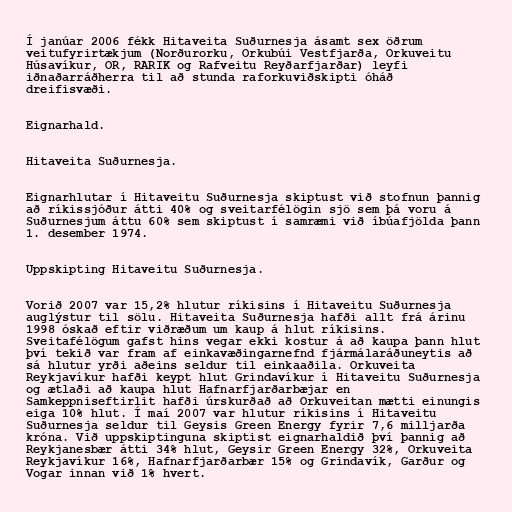
Í janúar 2006 fékk Hitaveita Suðurnesja ásamt sex öðrum
veitufyrirtækjum (Norðurorku, Orkubúi Vestfjarða, Orkuveitu
Húsavíkur, OR, RARIK og Rafveitu Reyðarfjarðar) leyfi
iðnaðarráðherra til að stunda raforkuviðskipti óháð
dreifisvæði.

Eignarhald.

Hitaveita Suðurnesja.

Eignarhlutar í Hitaveitu Suðurnesja skiptust við stofnun þannig
að ríkissjóður átti 40% og sveitarfélögin sjö sem þá voru á
Suðurnesjum áttu 60% sem skiptust í samræmi við íbúafjölda þann
1. desember 1974.

Uppskipting Hitaveitu Suðurnesja.

Vorið 2007 var 15,2% hlutur ríkisins í Hitaveitu Suðurnesja
auglýstur til sölu. Hitaveita Suðurnesja hafði allt frá árinu
1998 óskað eftir viðræðum um kaup á hlut ríkisins.
Sveitafélögum gafst hins vegar ekki kostur á að kaupa þann hlut
því tekið var fram af einkavæðingarnefnd fjármálaráðuneytis að
sá hlutur yrði aðeins seldur til einkaaðila. Orkuveita
Reykjavíkur hafði keypt hlut Grindavíkur í Hitaveitu Suðurnesja
og ætlaði að kaupa hlut Hafnarfjarðarbæjar en
Samkeppniseftirlit hafði úrskurðað að Orkuveitan mætti einungis
eiga 10% hlut. Í maí 2007 var hlutur ríkisins í Hitaveitu
Suðurnesja seldur til Geysis Green Energy fyrir 7,6 milljarða
króna. Við uppskiptinguna skiptist eignarhaldið því þannig að
Reykjanesbær átti 34% hlut, Geysir Green Energy 32%, Orkuveita
Reykjavíkur 16%, Hafnarfjarðarbær 15% og Grindavík, Garður og
Vogar innan við 1% hvert.